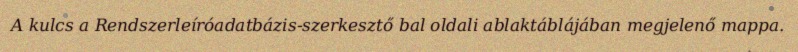
A kulcs a Rendszerleíróadatbázis-szerkesztő bal oldali ablaktáblájában megjelenő mappa.